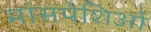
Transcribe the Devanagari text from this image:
मांसपेशिओं